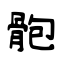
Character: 骲